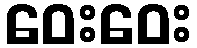
ဝေးဝေး